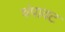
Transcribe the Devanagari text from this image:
चंपावट